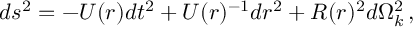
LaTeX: d s ^ { 2 } = - U ( r ) d t ^ { 2 } + U ( r ) ^ { - 1 } d r ^ { 2 } + R ( r ) ^ { 2 } d \Omega _ { k } ^ { 2 } \, ,